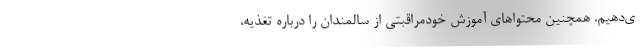
ی‌دهیم. همچنین محتواهای آموزش خودمراقبتی از سالمندان را درباره تغذیه،